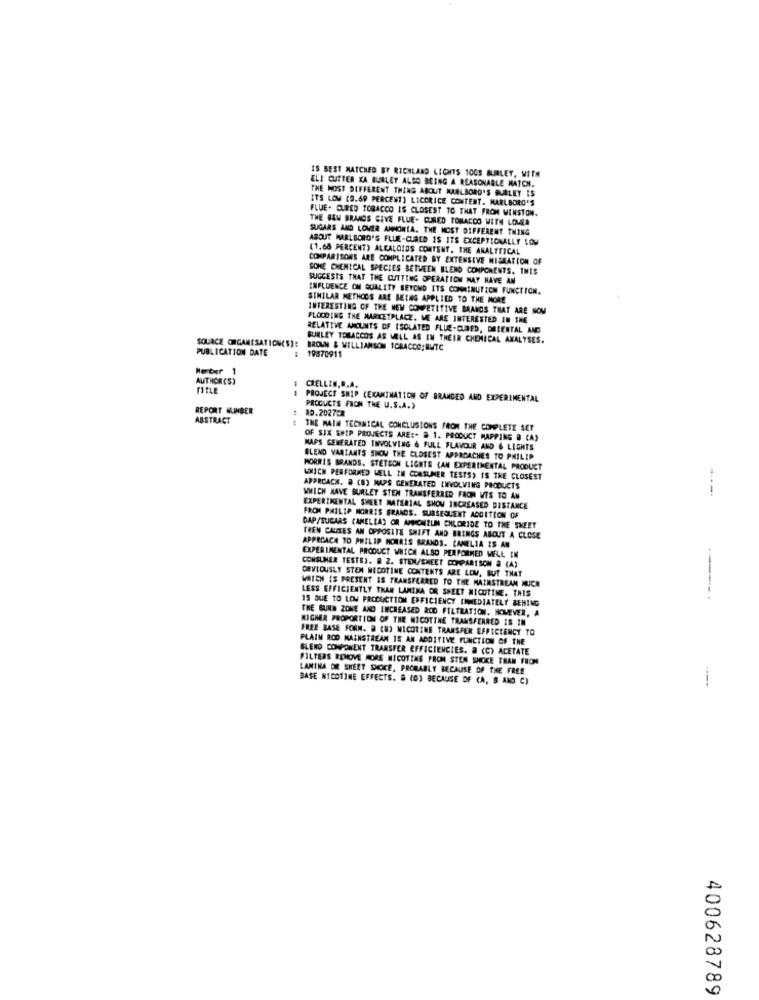
IS BEST MATCHED SY RICHLAND LIGHTS 100S BURLEY, WITH
THE MOST DIFFERENT THING ABOUT MARLBORO'S BURLEY IS
ELI CUTTER KA BURLEY ALSO BEING A REASONABLE MATCH.
ITS LOW (B.69 PERCENT) LICORICE CONTENT. MARLBORO'S
FLUE. CURED TOBACCO IS CLOSEST TO THAT FROM WINSTON.
THE BLU BRANDS GIVE FLUE- CURED TOBACCO WITH LOUER
SUGARS AND LOWER ANNONTA. THE MOST DIFFERENT THING
ABOUT MARLBORO'S FLUE-CURED 1S ITS EXCEPTIONALLY LOW
(1.68 PERCENT) ALKALOIDS CONTENT. THE ANALYTICAL
COMPARISONS ARE COMPLICATED BY EXTENSIVE MIGRATION OF
SONE CHEMICAL SPECIES BETWEEN BLEND COMPONENTS. THIS
SUGGESTS THAT THE CUTTING OPERATION MAY HAVE AN
INFLUENCE OM QUALITY BEYOND ITS COMMINUTICH FUNCTION.
SIMILAR METHODS ARE BEING APPLIED TO THE MORE
INTERESTING OF THE NEW COMPETITIVE BRANDS THAT ARE SOM
FLOODING THE MARKETPLACE. WE ARE INTERESTED IN THE
RELATIVE AMOUNTS OF ISOLATED FLUE-CURED, ORIENTAL AND
BURLEY TOBACCOS AS WELL AS IN THEIR CHEMICAL ANALYSES.
SOURCE ORGANISATION(S):
BROUN & WILLIAMSON ICRACCO; BUTC
PUBLICATION DATE
: 19870911
Herber
1
AUTHOR (S)
- -
CHELLIN,R.A.
PROJECT SHIP (EXAMINATION OF BRANDED AND EXPERIMENTAL
REPORT MUINGER
PRODUCTS FROM THE U.S.A.)
85.2027ER
ABSTRACT
THE MAIN TECHNICAL CONCLUSIONS FROM THE COMPLETE SET
OF SIX SHIP PROJECTS ARE :- & 1. PRODUCT MAPPING @ CA)
MAPS GENERATED INVOLVING & FULL FLAVOUR AND & LIGHTS
BLEND VARIANTS SNOW THE CLOSEST APPROACHES TO PHILIP
MORRIS BRANDS. STETSON LIGHTS CAN EXPERIMENTAL PRODUCT
WHICH PERFORMED WELL IM CONSUMER TESTS> IS THE CLOSEST
APPROACH. @ (B) MAPS GENERATED INVOLVING PRODUCTS
----
WHICH HAVE GURLEY STEN TRANSFERRED FAON VIS TO AN
EXPERIMENTAL SHEET MATERIAL SHOW INCREASED BISTANCE
FROM PHILIP MORRIS GRANDS. SUBSEQUENT ADDITION OF
DAP/SUGARS CAMELIAS OR AMNICHZUN CHLORIDE TO THE SWEET
TREN CAUSES AN OPPOSITE SHIFT AND BRINGS ABOUT A CLOSE
APPROACH TO PHILIP MORRIS BRANDS. CAMELIA IS AN
CONSUMER TESTS). @ 2. STEM/SHEET COMPARISON @ (A)
EXPERIMENTAL PRODUCT WHICH ALSO PERFORMED MELL EN
CAVIOUSLY STEN NICOTINE CONTENTS ARE LOW, BUT THAT
WHICH IS PRESENT IS TRANSFERRED TO THE MAINSTREAM MUCH
LESS EFFICIENTLY THAN LAMINA OR SHEET NICOTINE. THIS
15 DUE TO LOW PRODUCTION EFFICIENCY IMMEDIATELY BEHIND
..
THE GUNS ZONE AND INCREASED ROD FILTRATION. HOWEVER, A
HIGHER PROPORTION OF THE NICOTTHE TRANSFERRED IS IN
FREE BASE FORM. @ (8) NICOTINE TRANSFER EFFICIENCY TO
PLAIN ROD MAINSTREAM IS AN ADDITIVE FUNCTION OF THE
BLEND COMPONENT TRANSFER EFFICIENCIES. a (C) ACETATE
FILTERS RENOVE MORE MICOTING FROM STEN SHOKE TRAN FROM
LANTNA OR SHEET SMOKE, PROBABLY BECAUSE OF THE FREE
BASE NICOTINE EFFECTS. # (0) BECAUSE OF (A, B AND C)
----
400628789